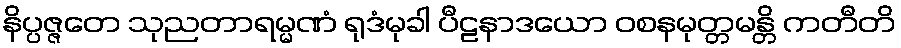
နိပ္ပဇ္ဇတေ သုညတာရမ္မဏံ ရုဒံမုခါ ပီဠနာဒယော ဝစနမုတ္တမန္တိ ကတီတိ